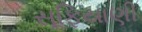
સૂફિયાણી